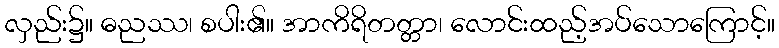
လှည်း၌။ ဓညဿ၊ စပါး၏။ အာကိရိတတ္တာ၊ လောင်းထည့်အပ်သောကြောင့်။